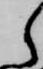
ら